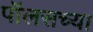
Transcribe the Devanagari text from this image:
पॉलसच्या